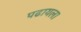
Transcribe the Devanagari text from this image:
पढायला